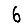
Digit: 6